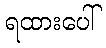
ရထားပေါ်